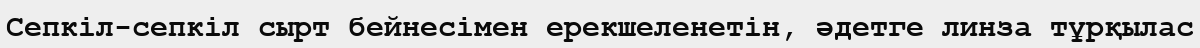
Сепкіл-сепкіл сырт бейнесімен ерекшеленетін, әдетге линза тұрқылас